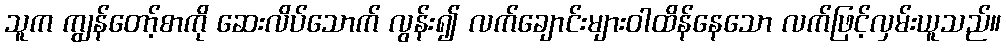
သူက ကျွန်တော့်စာကို ဆေးလိပ်သောက် လွန်း၍ လက်ချောင်းများဝါထိန်နေသော လက်ဖြင့်လှမ်းယူသည်။